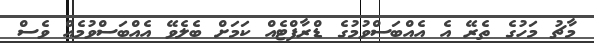
މާޗު މަހުގެ ތެރޭ އެ އެއްބަސްވުމުގެ ޑްރާފްޓެއް ކަމަށް ބެލެވޭ އެއްބަސްވުމެއް ވެސް